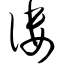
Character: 偻